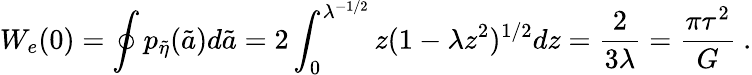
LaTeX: W_{e}(0)=\oint p_{\tilde{\eta}}(\tilde{a})d\tilde{a}=2\int_{0}^{\lambda^{-1/2}}z(1-\lambda z^{2})^{1/2}dz={\frac{2}{3\lambda}}={\frac{\pi\tau^{2}}{G}}\ .